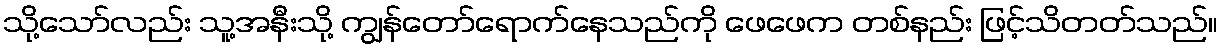
သို့သော်လည်း သူ့အနီးသို့ ကျွန်တော်ရောက်နေသည်ကို ဖေဖေက တစ်နည်း ဖြင့်သိတတ်သည်။